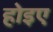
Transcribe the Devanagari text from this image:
होइए